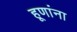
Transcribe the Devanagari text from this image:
हूणांना